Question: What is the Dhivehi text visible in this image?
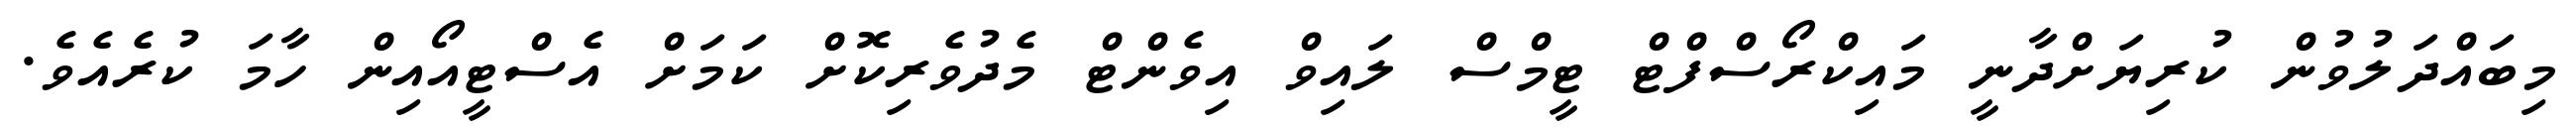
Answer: މިބައްދަލުވުން ކުރިޔަށްދާނީ މައިކްރޯސްފްޓް ޓީމްސް ލައިވް އިވެންޓް މެދުވެރިކޮށް ކަމަށް އެސްޓީއޯއިން ހާމަ ކުރެއެވެ.